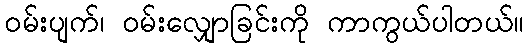
ဝမ်းပျက်၊ ဝမ်းလျှောခြင်းကို ကာကွယ်ပါတယ်။